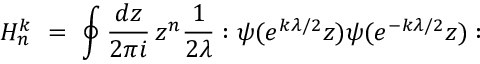
H _ { n } ^ { k } \ = \ \oint { \frac { d z } { 2 \pi i } } \, z ^ { n } { \frac { 1 } { 2 \lambda } } : \psi ( e ^ { k \lambda / 2 } z ) \psi ( e ^ { - k \lambda / 2 } z ) :